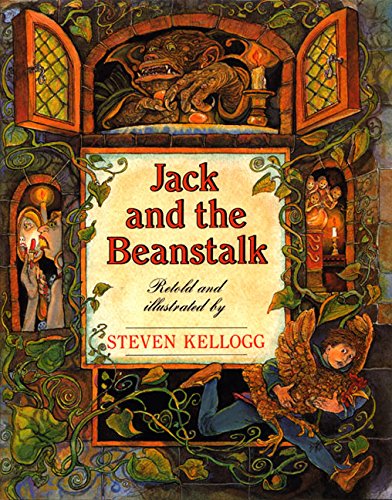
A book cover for Jack and the Beanstalk; Steven Kellogg; Children's Books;